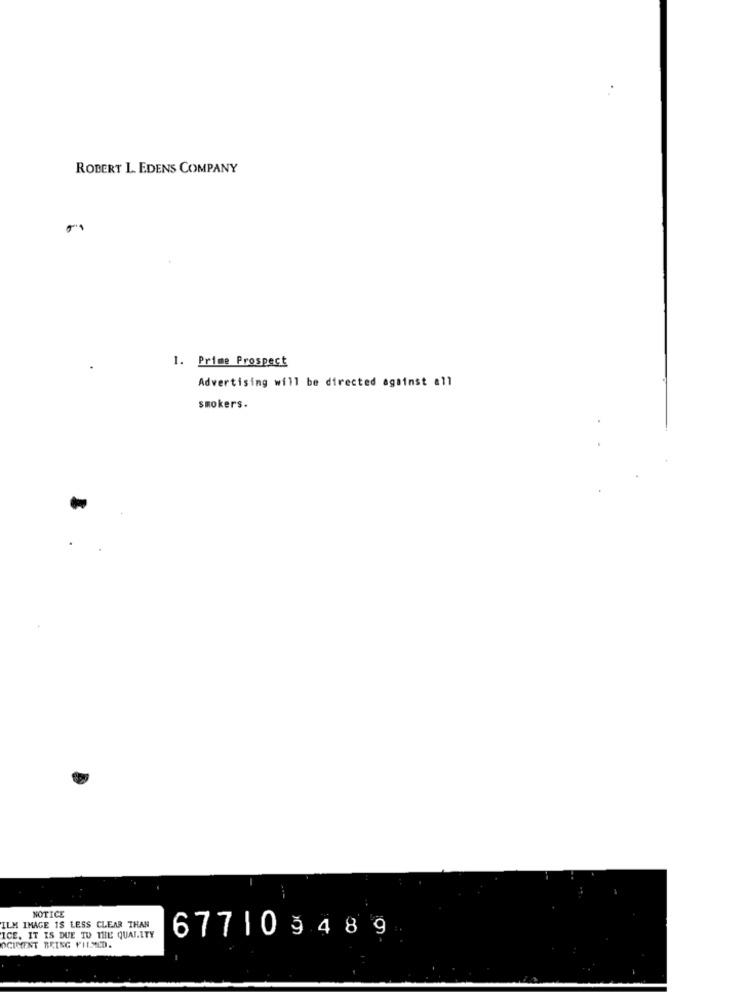
ROBERT L. EDENS COMPANY
1. Prime Prospect
Advertising will be directed against all
smokers.
NOTICE
ILM IMAGE IS LESS CLEAR THAN
67710948 9
ICE. IT IS DUE TO THE QUALITY
OCIMENT BEING FILMED.